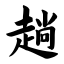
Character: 趟